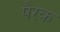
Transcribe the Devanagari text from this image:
पैरक